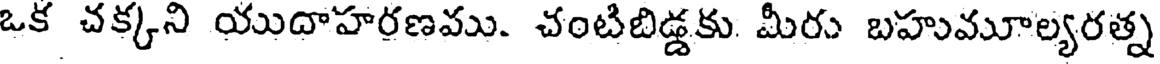
ఒక చక్కని యుదాహరణము. చంటిబిడ్డకు. మీరు బహుమూల్యరత్న